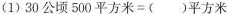
(1)$$3 0 公 顷 5 0 0 平 方 米 = ( ) 平 方 米$$